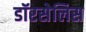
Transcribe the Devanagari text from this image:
डॉरसेलिस